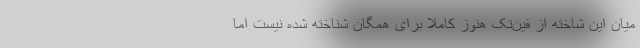
میان این شاخته از فین‌تک هنوز کاملا برای همگان شناخته شده نیست اما